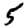
Digit: 5